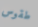
طقوس